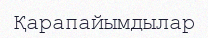
Қарапайымдылар